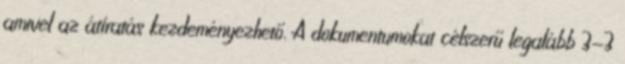
amivel az átíratás kezdeményezhető. A dokumentumokat célszerű legalább 3-3